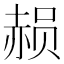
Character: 𮷑